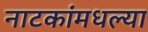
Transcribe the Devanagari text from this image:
नाटकांमधल्या